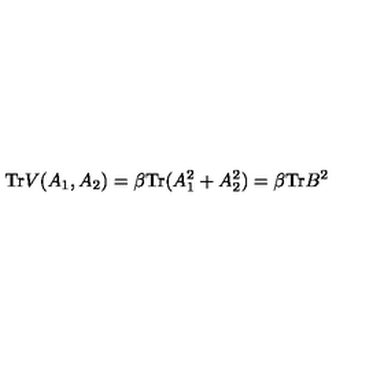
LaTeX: \mathrm { T r } V ( A _ { 1 } , A _ { 2 } ) = \beta \mathrm { T r } ( A _ { 1 } ^ { 2 } + A _ { 2 } ^ { 2 } ) = \beta \mathrm { T r } B ^ { 2 }